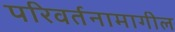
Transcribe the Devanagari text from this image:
परिवर्तनामागील